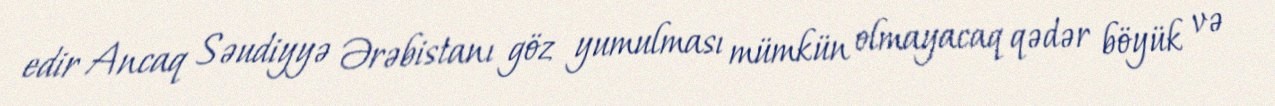
edir Ancaq Səudiyyə Ərəbistanı göz yumulması mümkün olmayacaq qədər böyük və